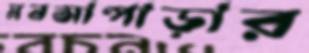
মনসাপাড়ার